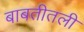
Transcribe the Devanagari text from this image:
बाबतीतली